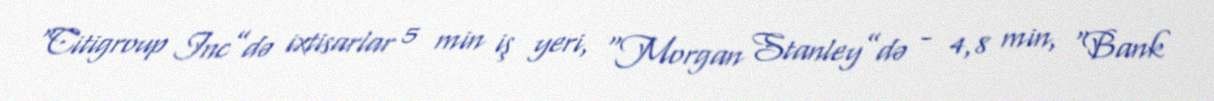
“Citigroup Inc”də ixtisarlar 5 min iş yeri, “Morgan Stanley”də - 4,8 min, “Bank